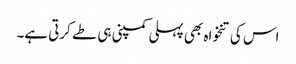
اس کی تنخواہ بھی پہلی کمپنی ہی طے کرتی ہے۔